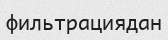
фильтрациядан